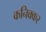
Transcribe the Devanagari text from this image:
कनिक्कर